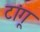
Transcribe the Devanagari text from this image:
टांगू